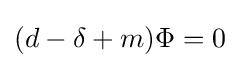
(d-\delta +m)\Phi =0